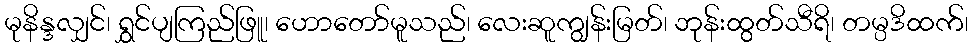
မုနိန္ဒလျှင်၊ ရွှင်ပျကြည်ဖြူ၊ ဟောတော်မူသည်၊ လေးဆူကျွန်းမြတ်၊ ဘုန်းထွတ်သီရိ၊ တမ္ပဒိထက်၊